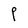
Character: P